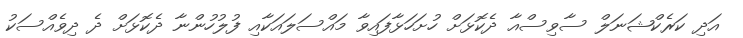
އަދި ކަރެކްޝަނަލް ސާވިސްއާ ދެކޮޅަށް ހުށަހަޅާފައިވާ މައްސަލައަކާއި ފުލުހުންނާ ދެކޮޅަށް ދެ ދިވެއްސަކު